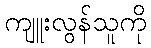
ကျူးလွန်သူကို